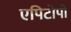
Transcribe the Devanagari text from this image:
एपिटोपों